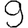
Digit: 9